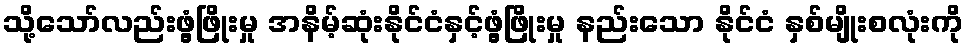
သို့သော်လည်းဖွံ့ဖြိုးမှု အနိမ့်ဆုံးနိုင်ငံနှင့်ဖွံ့ဖြိုးမှု နည်းသော နိုင်ငံ နှစ်မျိုးစလုံးကို